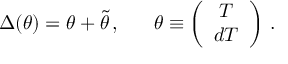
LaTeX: \Delta ( \theta ) = \theta + \tilde { \theta } \, , \ \ \ \ \ \theta \equiv \left( \begin{array} { c } { { T } } \\ { { d T } } \end{array} \right) \, .